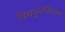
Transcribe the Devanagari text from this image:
विश्वपुनर्निर्माण